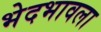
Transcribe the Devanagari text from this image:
भेदभावला